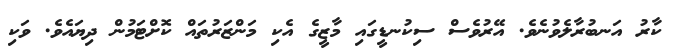
ކާރު އަނބުރާލެވުނެވެ. އޭރުވެސް ސިކުނޑީގައި މާޒީގެ އެކި މަންޒަރުތައް ކޮށްޓަމުން ދިޔައެވެ. ވަކި